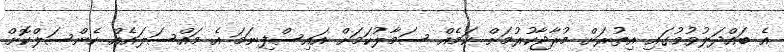
އެ ބައްދަލުވުމުގައި އިތުރަށް މުރާޖާކުރުމަށް ކަމެއް ސަމާލުކަމަށް އައިސްފިނަމަ އެ މައްސަލައެއް ކެންސަލްކޮށް